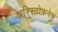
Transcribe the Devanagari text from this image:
अरिस्तोफ़नेस